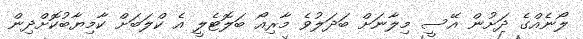
ލޯނެއްގެ ދަށުން އޭސީ މިލާނަށް ބަދަލުވެ މާރިއޯ ބަލޮޓެލީ އެ ކްލަބަށް ކާމިޔާބުކޮށްދިން